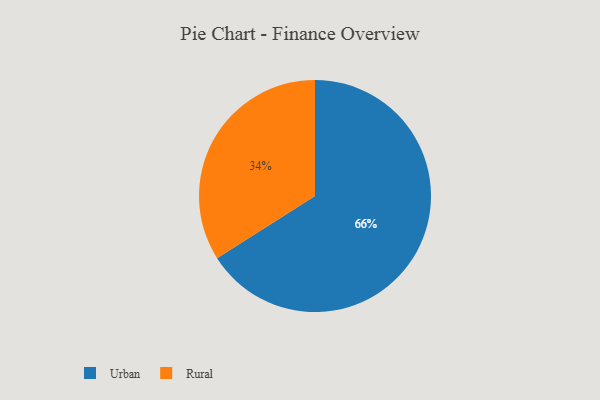
{"axis": {"x": "Category", "y": "Percentage"}, "legend": ["Rural", "Urban"], "data": [{"x": "Rural", "y": 34, "type": "Rural"}, {"x": "Urban", "y": 66, "type": "Urban"}]}